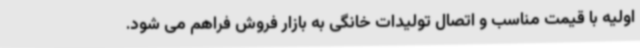
اولیه با قیمت مناسب و اتصال تولیدات خانگی به بازار فروش فراهم می شود.